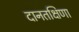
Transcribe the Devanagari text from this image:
दानतक्षिणा